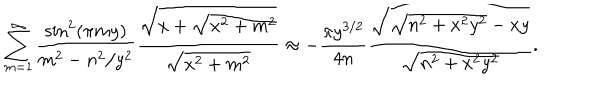
\sum _ { m = 1 } ^ { \infty } \frac { \sin ^ { 2 } ( \pi m y ) } { m ^ { 2 } - n ^ { 2 } / y ^ { 2 } } \frac { \sqrt { x + \sqrt { x ^ { 2 } + m ^ { 2 } } } } { \sqrt { x ^ { 2 } + m ^ { 2 } } } \approx - \frac { \pi y ^ { 3 / 2 } } { 4 n } \frac { \sqrt { \sqrt { n ^ { 2 } + x ^ { 2 } y ^ { 2 } } - x y } } { \sqrt { n ^ { 2 } + x ^ { 2 } y ^ { 2 } } } .